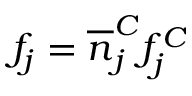
f _ { j } = \overline { n } _ { j } ^ { C } f _ { j } ^ { C }